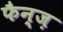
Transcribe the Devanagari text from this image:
फैन्ज़